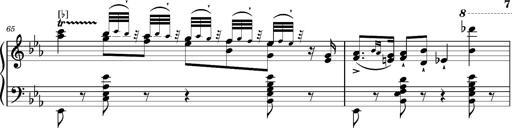
Title: Magyar rapszÃ³diÃ¡k
Composer: Franz Liszt